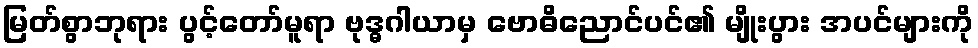
မြတ်စွာဘုရား ပွင့်တော်မူရာ ဗုဒ္ဓဂါယာမှ ဗောဓိညောင်ပင်၏ မျိုးပွား အပင်များကို